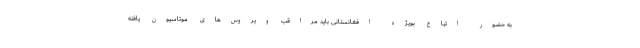
به حضور اتباع بویژه افغانستانی باید مراقب ویروس‌های موتاسیون یافته